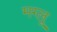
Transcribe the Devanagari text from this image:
मग्लू